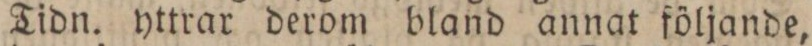
Tidn. yttrar derom bland annat följande,